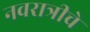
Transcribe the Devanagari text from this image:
नवरात्रीचे